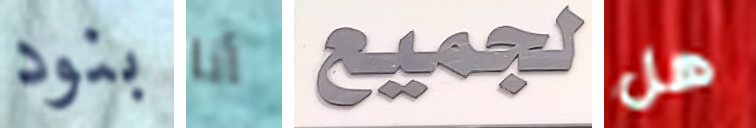
بنود أنا لجميع هل